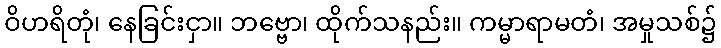
ဝိဟရိတုံ၊ နေခြင်းငှာ။ ဘဗ္ဗော၊ ထိုက်သနည်း။ ကမ္မာရာမတံ၊ အမှုသစ်၌